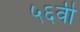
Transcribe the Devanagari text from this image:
५६वी